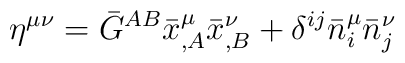
\eta^{\mu\nu}=\bar{G}^{AB}\bar{x}^\mu_{,A}\bar{x}^\nu_{,B}+\delta^{ij}\bar{n}^\mu_{i}\bar{n}^\nu_{j}